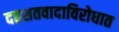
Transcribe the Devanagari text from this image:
दहशतवादाविरोधात